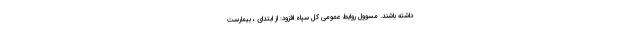
داشته باشند. مسوول روابط عمومی کل سپاه افزود: از ابتدای ، بیمارست